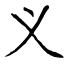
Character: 义